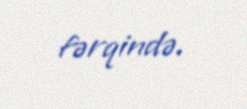
fərqində.